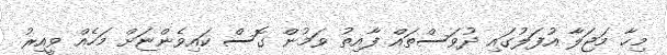
މިހާ މަޖަލާ އުފަލުގައި ދުވަސްތައް ފާއިތު ވަމުން ގޮސް ކައިވެންޏަށް މަހެއް ވީއިރު